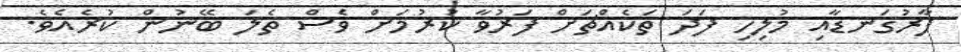
ފާރުގަނޑާއި މުލިހި ފަދަ ތަކެއްޗަށް ފަރުވާ ކުރުމަށް ވެސް ތެލަ ބޭނުން ކުރެއެވެ.